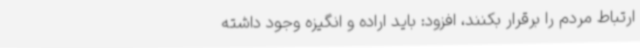
ارتباط مردم را برقرار بکنند، افزود: باید اراده و انگیزه وجود داشته